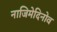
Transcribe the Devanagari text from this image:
नाजिमेदिनोव